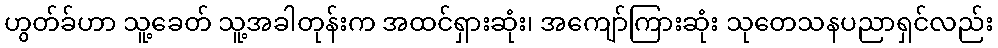
ဟွတ်ခ်ဟာ သူ့ခေတ် သူ့အခါတုန်းက အထင်ရှားဆုံး၊ အကျော်ကြားဆုံး သုတေသနပညာရှင်လည်း